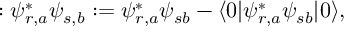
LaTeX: : \psi _ { r , a } ^ { * } \psi _ { s , b } : = \psi _ { r , a } ^ { * } \psi _ { s b } - \langle 0 | \psi _ { r , a } ^ { * } \psi _ { s b } | 0 \rangle ,